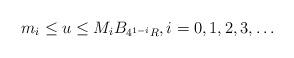
LaTeX: \begin{align*} m_i \leq u \leq M_iB_{4^{1-i} R},i=0,1,2,3, \ldots \end{align*}